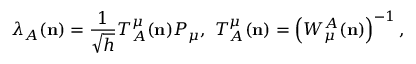
{ } \lambda _ { A } ( { \bf n } ) = \frac { 1 } { \sqrt { h } } T _ { A } ^ { \mu } ( { \bf n } ) P _ { \mu } , \ T _ { A } ^ { \mu } ( { \bf n } ) = \left( W _ { \mu } ^ { A } ( { \bf n } ) \right) ^ { - 1 } ,